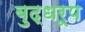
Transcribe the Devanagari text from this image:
बुद्धरूप